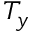
T _ { y }